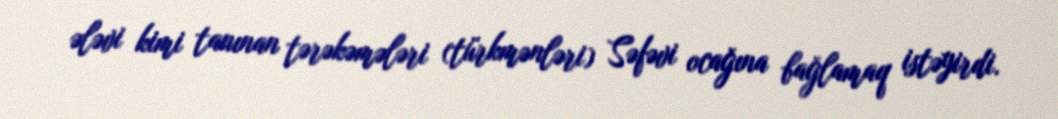
ələvi kimi tanınan tərəkəmələri (türkmənləri) Səfəvi ocağına bağlamaq istəyirdi.